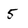
Character: 5